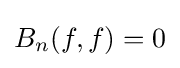
B_{n}(f,f)=0